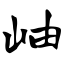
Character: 岫